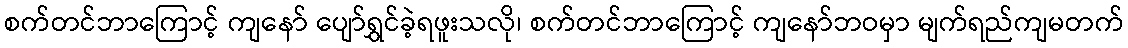
စက်တင်ဘာကြောင့် ကျနော် ပျော်ရွှင်ခဲ့ရဖူးသလို၊ စက်တင်ဘာကြောင့် ကျနော်ဘဝမှာ မျက်ရည်ကျမတက်